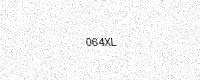
Text: 064XL